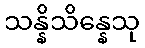
သန္နိသိန္နေသု